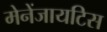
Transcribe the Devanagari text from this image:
मेनेंजायटिस